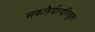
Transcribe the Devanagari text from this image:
सकलैर्यत्परिवृतः